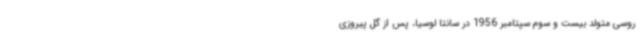
روسی متولد بیست و سوم سپتامبر 1956 در سانتا لوسیا، پس از گل پیروزی